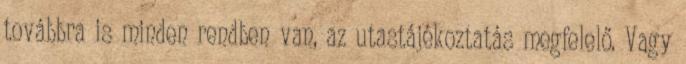
továbbra is minden rendben van, az utastájékoztatás megfelelő. Vagy